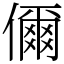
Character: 儞